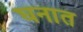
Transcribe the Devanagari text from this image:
घनात